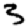
Digit: 3